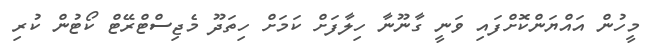
މީހުން އައްޔަންކޮށްފައި ވަނީ ގާނޫނާ ހިލާފަށް ކަމަށް ހިތަދޫ މެޖިސްޓްރޭޓް ކޯޓުން ކުރި